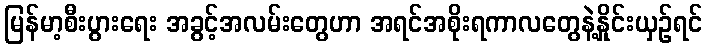
မြန်မာ့စီးပွားရေး အခွင့်အလမ်းတွေဟာ အရင်အစိုးရကာလတွေနဲ့နှိုင်းယှဉ်ရင်